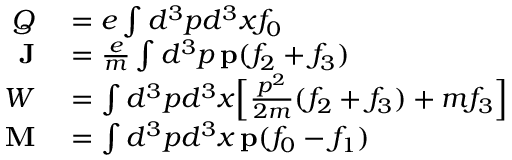
\begin{array} { r l } { Q } & { { } = e \int d ^ { 3 } p d ^ { 3 } x f _ { 0 } } \\ { \mathbf { J } } & { { } = \frac { e } { m } \int d ^ { 3 } p \, \mathbf { p } ( f _ { 2 } + f _ { 3 } ) } \\ { W } & { { } = \int d ^ { 3 } p d ^ { 3 } x \Big [ \frac { p ^ { 2 } } { 2 m } ( f _ { 2 } + f _ { 3 } ) + m f _ { 3 } \Big ] } \\ { \mathbf { M } } & { { } = \int d ^ { 3 } p d ^ { 3 } x \, \mathbf { p } ( f _ { 0 } - f _ { 1 } ) } \end{array}